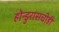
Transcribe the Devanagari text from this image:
होन्डुरासचीही